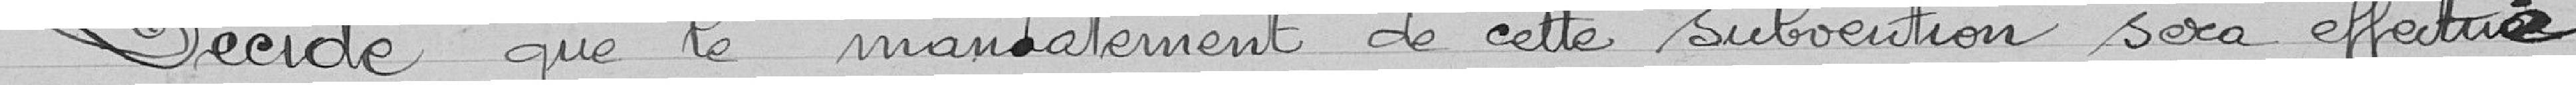
Décide que le mandatement de cette subvention sera effectué